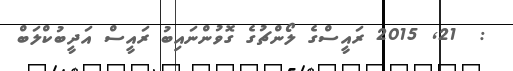
:  21